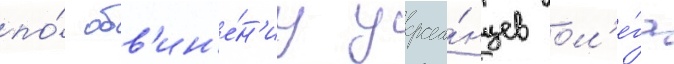
по́ обв'ин'е́н'иу украи́нцев ол'е́га